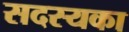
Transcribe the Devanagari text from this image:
सदस्यका